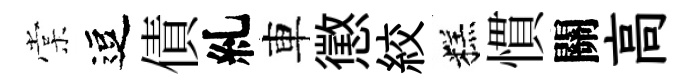
棠逗債糺車懲絞糕慣關高